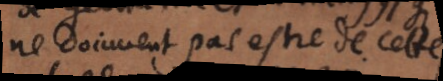
ne doiuvent pas estre de cette